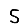
Digit: 5